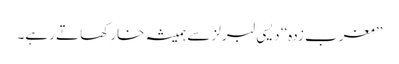
’’مغرب زدہ‘‘ دیسی لبرلز سے ہمیشہ خار کھاتے رہے۔